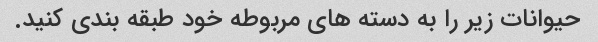
حیوانات زیر را به دسته های مربوطه خود طبقه بندی کنید.